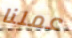
عملنا